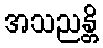
အသညန္တိ